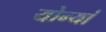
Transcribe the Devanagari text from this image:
योन्यां